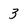
Character: 3